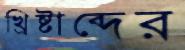
খ্রিষ্টাব্দের